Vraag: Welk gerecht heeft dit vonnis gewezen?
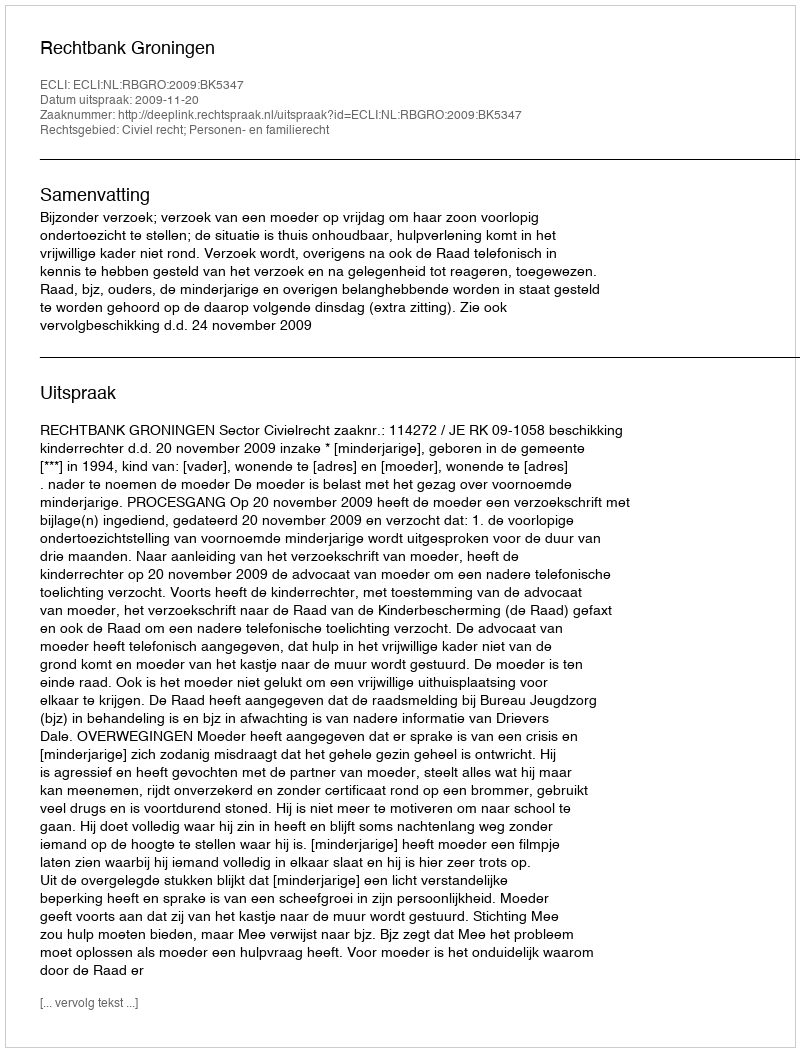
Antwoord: Rechtbank Groningen